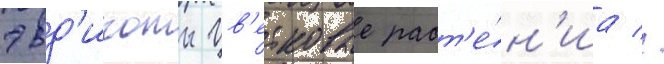
эвд'икоты цв'етковые раст'е́н'иа //